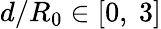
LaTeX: d/R_{0}\in[0,\ 3]